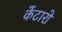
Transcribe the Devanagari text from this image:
केंटारो